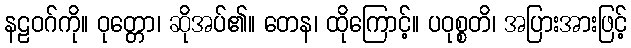
နဠဝဂ်ကို။ ဝုတ္တော၊ ဆိုအပ်၏။ တေန၊ ထိုကြောင့်။ ပဝုစ္စတိ၊ အပြားအားဖြင့်